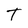
Character: T